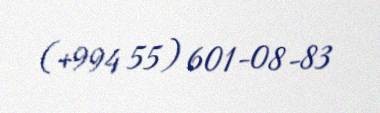
(+994 55) 601-08-83